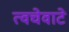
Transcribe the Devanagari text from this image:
त्वचेवाटे